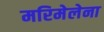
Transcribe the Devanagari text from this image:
मरिमेलेना